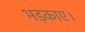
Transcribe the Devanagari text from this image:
भड़काए।